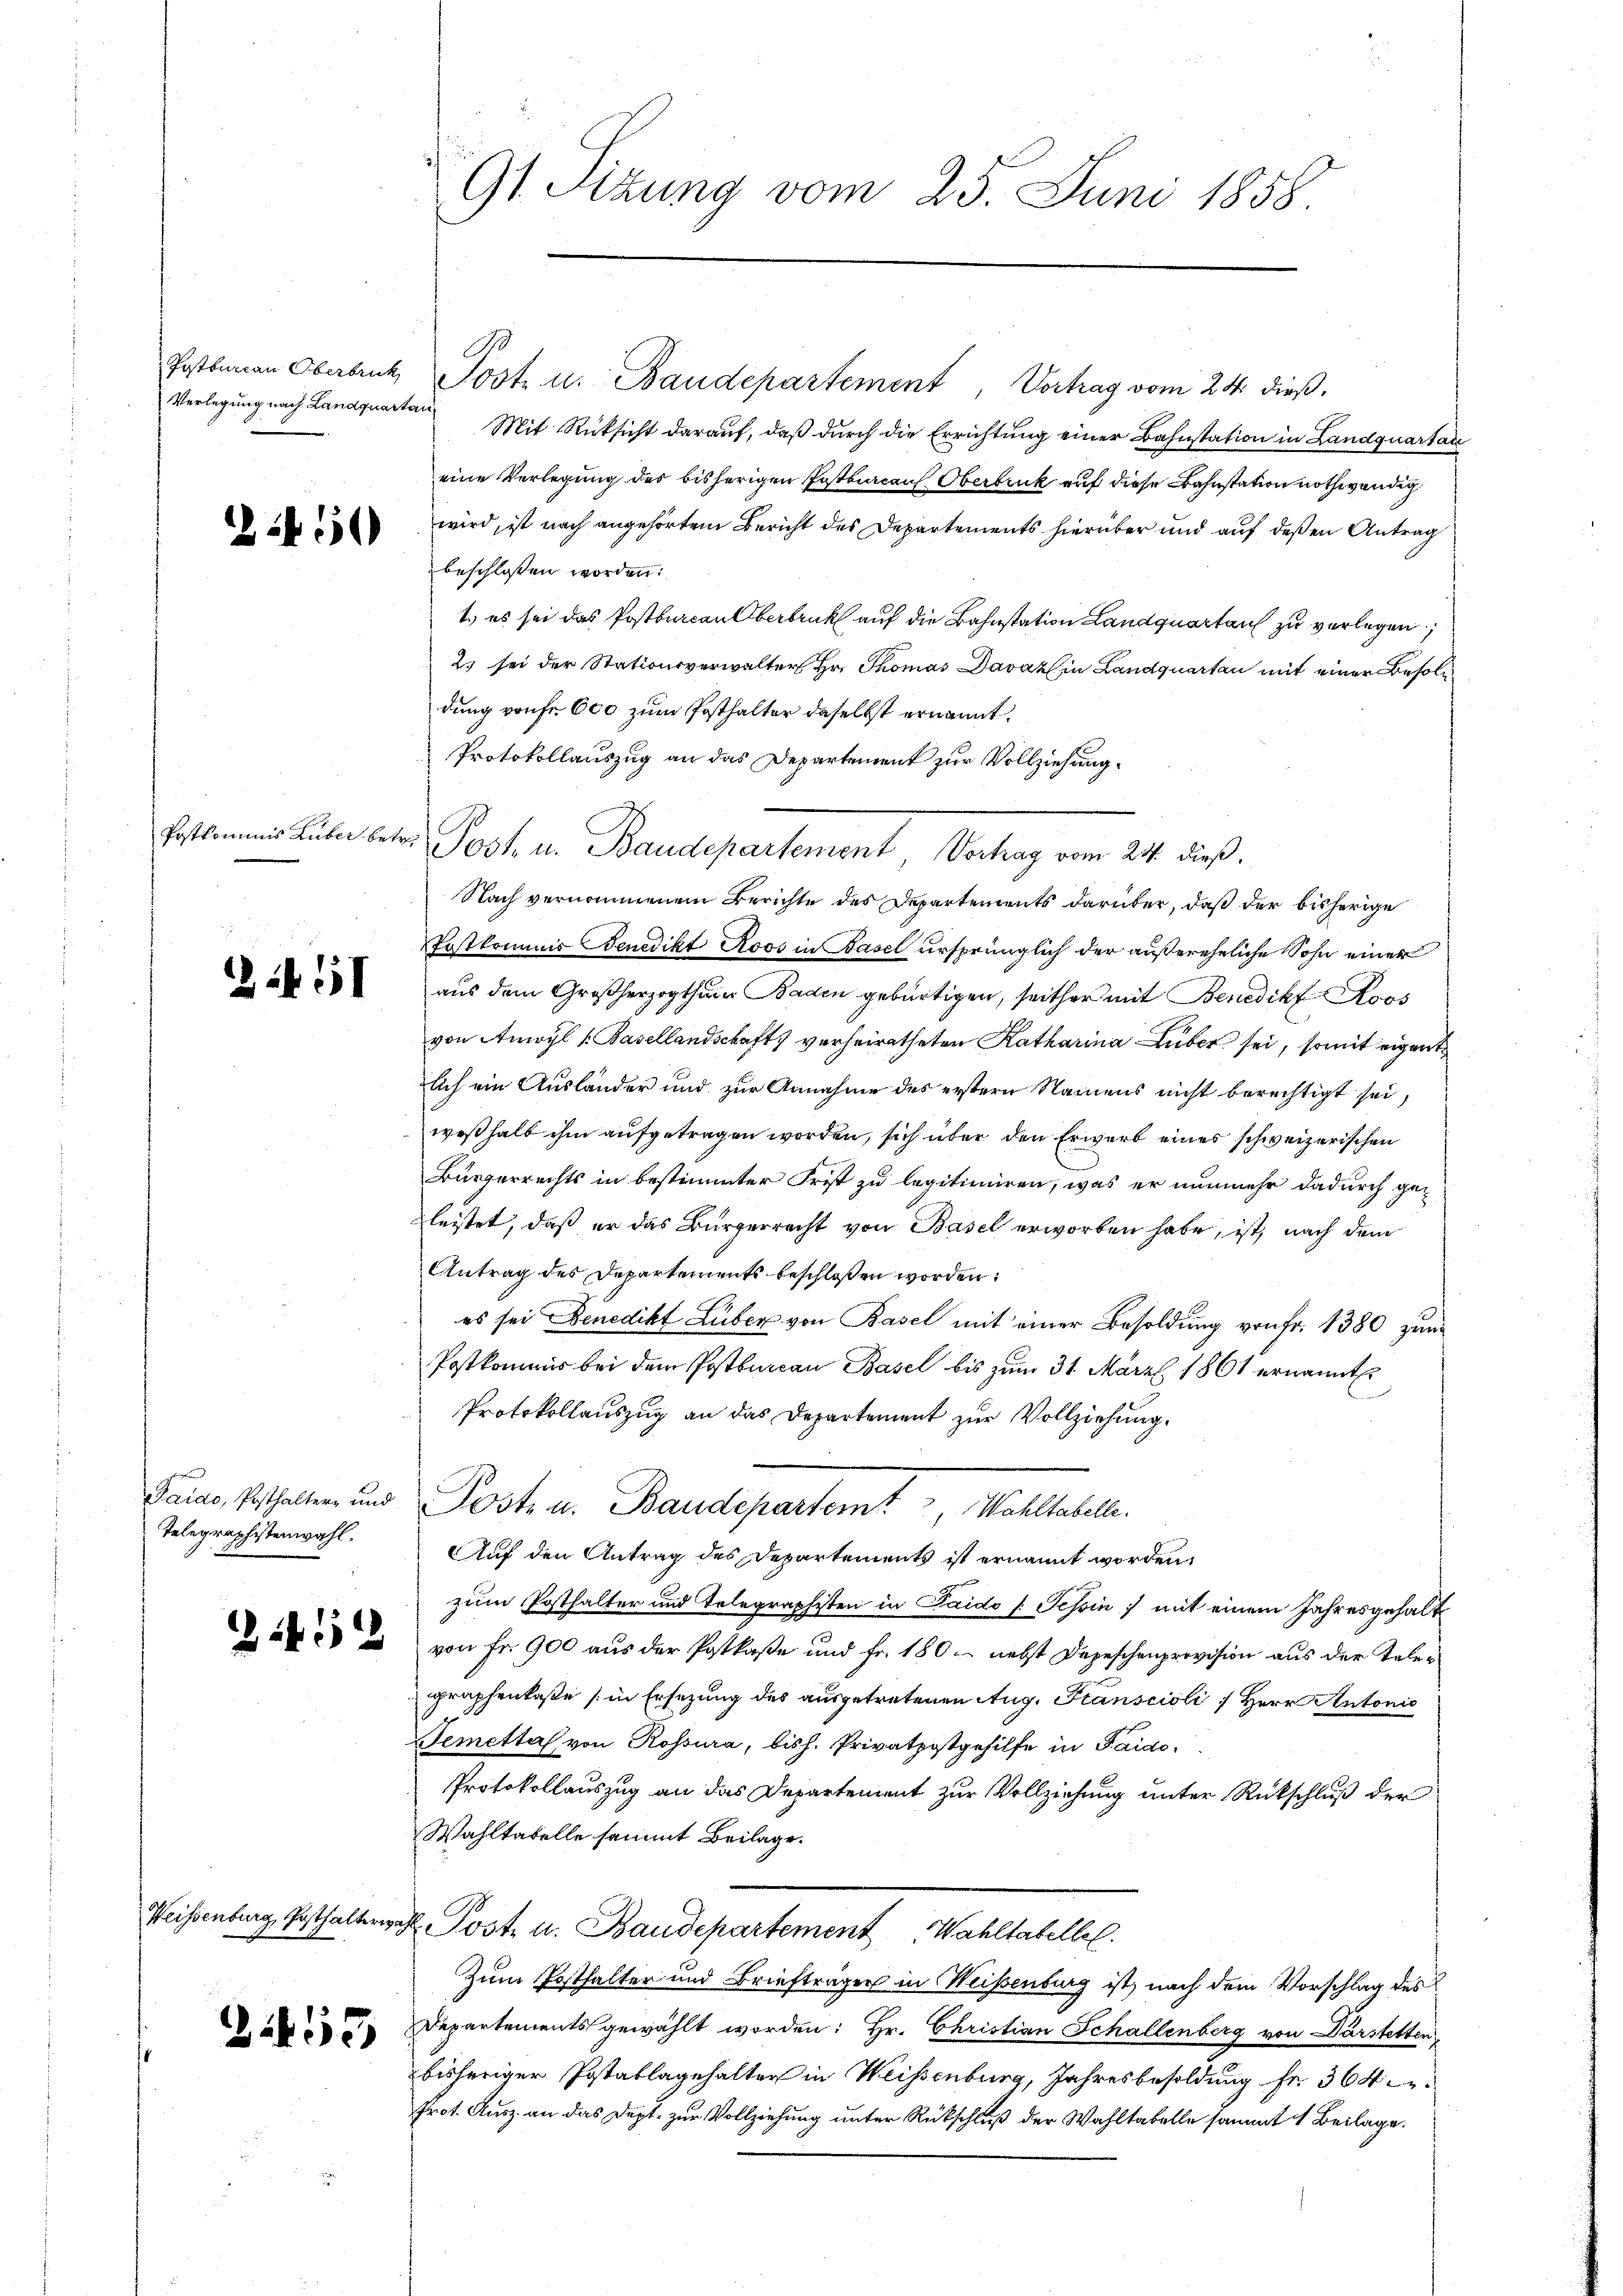
Verlegung nach Landquartan

2450

261

Telegraphistenwahl.

1432

Weissenburg, Posthaltern

31453

91. Sitzung vom 25. Juni 1858.

G
Postbarian Oberbruck, Jost u. Baudepartement, Vortrag vom 24. dieβ.
Mit Rücksicht darauf, daß durch die Errichtung einer Bahnstation in Landquartar
eine Verlegung des bisherigen Postburcaul, Oberbruck auf diese Bahnstation nothwendig
wird, ist nach angehörtem Bericht des Departements hierüber und auf deßen Antrag
beschlossen worden.
1.) es sei das Postburcan Oberbruck auf die Bahnstation Landquartan zu verlegen;
2) sei der Stationsverwalter Hr. Thomas Davazin Landquartan mit einer Besoldung von Fr. 600 zum Posthalter daselbst ernannt.
Protokollauszug an das Departement zur Vollziehung.
Nach vernommenem Berichte des Departements darüber, daß der bisherige
Postkommis Benedikt Roos in Basel ursprünglich der außereheliche Sohn einer
aus dem Großherzogthum Baden gebürtigen, seither mit Benedikt Roos
von Anwyl u. Basellandschaft verheiratheten Katharina Lüber sei, somit eigent
lich ein Ausländer und zur Annahme des erstern Namens nicht berechtigt sei,
weßhalb ihm aufgetragen worden, sich über den Erwarb eines schweizerischen
Bürgerrechts in bestimmter Frist zu legitimiren, was er nunmehr dadurch ge-
leistet, daß er das Bürgerrecht von Basel erworben habe, ist, nach dem
Antrag des Departements beschloßen worden:
es sei Benedikt Lüber von Basel mit einer Besoldung von Fr. 1380 zum
Postkommis bei dem Postbureau Basel bis zum 31. März 1861 ernannt.
Protokollauszug an das Departement zur Vollziehung.
Parus, Seshalten und Posts u. Baudepartem Wohltabel.
Auf den Antrag des Departements ist ernannt worden,
zum Posthalter und Telegraphisten in Paido Schin) mit einem Jahresgehalt
von Fr. 900 aus der Postkaße und Fr. 180 - nebst Depeschenprovision aus der Telegraphenkaße (in Ersezung des ausgetretenen Aug. Franscioli / Herr Antonis
Temettal von Rossura, bish. Privatpostgehilfe in Faido
Protokollauszug an das Departement zur Vollziehung unter Rückschluß der
Wahltatelle sammt Beilage.
d. Post. u. Baudepartement Wahltabelle.
Zum Posthalter und Briefträger in Weisenburg ist, nach dem Vorschlag des
Departements gewählt worden: Hr. Christian Schallenberg von Darstetten
bisheriger Postablagehalter in Weissenburg, Jahresbesoldung fr. 364
Prot. Kurz an das Dupt. zur Vollziehung unter Rückschluß der Wahltabelle sammt 1 Beilage.

Postkommis Lüber betr. Post- u. Baudepartement Vortrag vom 24. dieß,